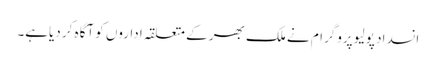
انسداد پولیو پروگرام نے ملک بھر کے متعلقہ اداروں کو آگاہ کر دیاہے۔